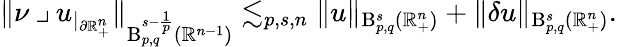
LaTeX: \begin{array}{r}{\lVert\nu\mathbin{\lrcorner}u_{|_{\partial\mathbb{R}_{+}^{n}}}\rVert_{\mathrm{B}_{p,q}^{s-\frac{1}{p}}(\mathbb{R}^{n-1})}\lesssim_{p,s,n}\lVert u\rVert_{{\mathrm{B}}_{p,q}^{s}(\mathbb{R}_{+}^{n})}+\lVert\mathbf{\delta}u\rVert_{{\mathrm{B}}_{p,q}^{s}(\mathbb{R}_{+}^{n})}\mathrm{.}}\end{array}